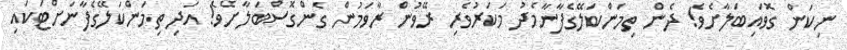
ނިކަން ގޮވައިބަލާށެވެ! ދެން ތިމަންކަލޭގެފާނާމެދު މަކަރުވެރި ރޭވުން ރާވަމުން ގެންގޮސްބަލާށެވެ! އަދި ތިމަންކަލޭގެފާނަށްޓަކައި